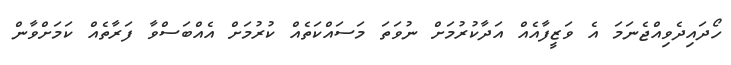
ހޯދައިދެވިއްޖެނަމަ އެ ވަޒީފާއެއް އަދާކުރުމަށް ނުވަތަ މަސައްކަތެއް ކުރުމަށް އެއްބަސްވާ ފަރާތެއް ކަމަށްވާން